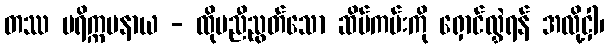
တဿ ပရိက္ကမနာယ - ထိုမညီညွတ်သော ဆိပ်ကမ်းကို ရှောင်လွှဲရန် အလို့ငှါ၊